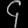
Digit: ၄